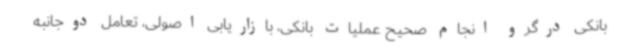
بانکی درگرو انجام صحیح عملیات بانکی، بازاریابی اصولی، تعامل دوجانبه